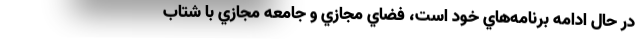
در حال ادامه برنامه‌هاي خود است، فضاي مجازي و جامعه مجازي با شتاب